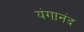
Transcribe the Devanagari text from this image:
यंगानंद